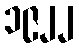
၁၉၂၂